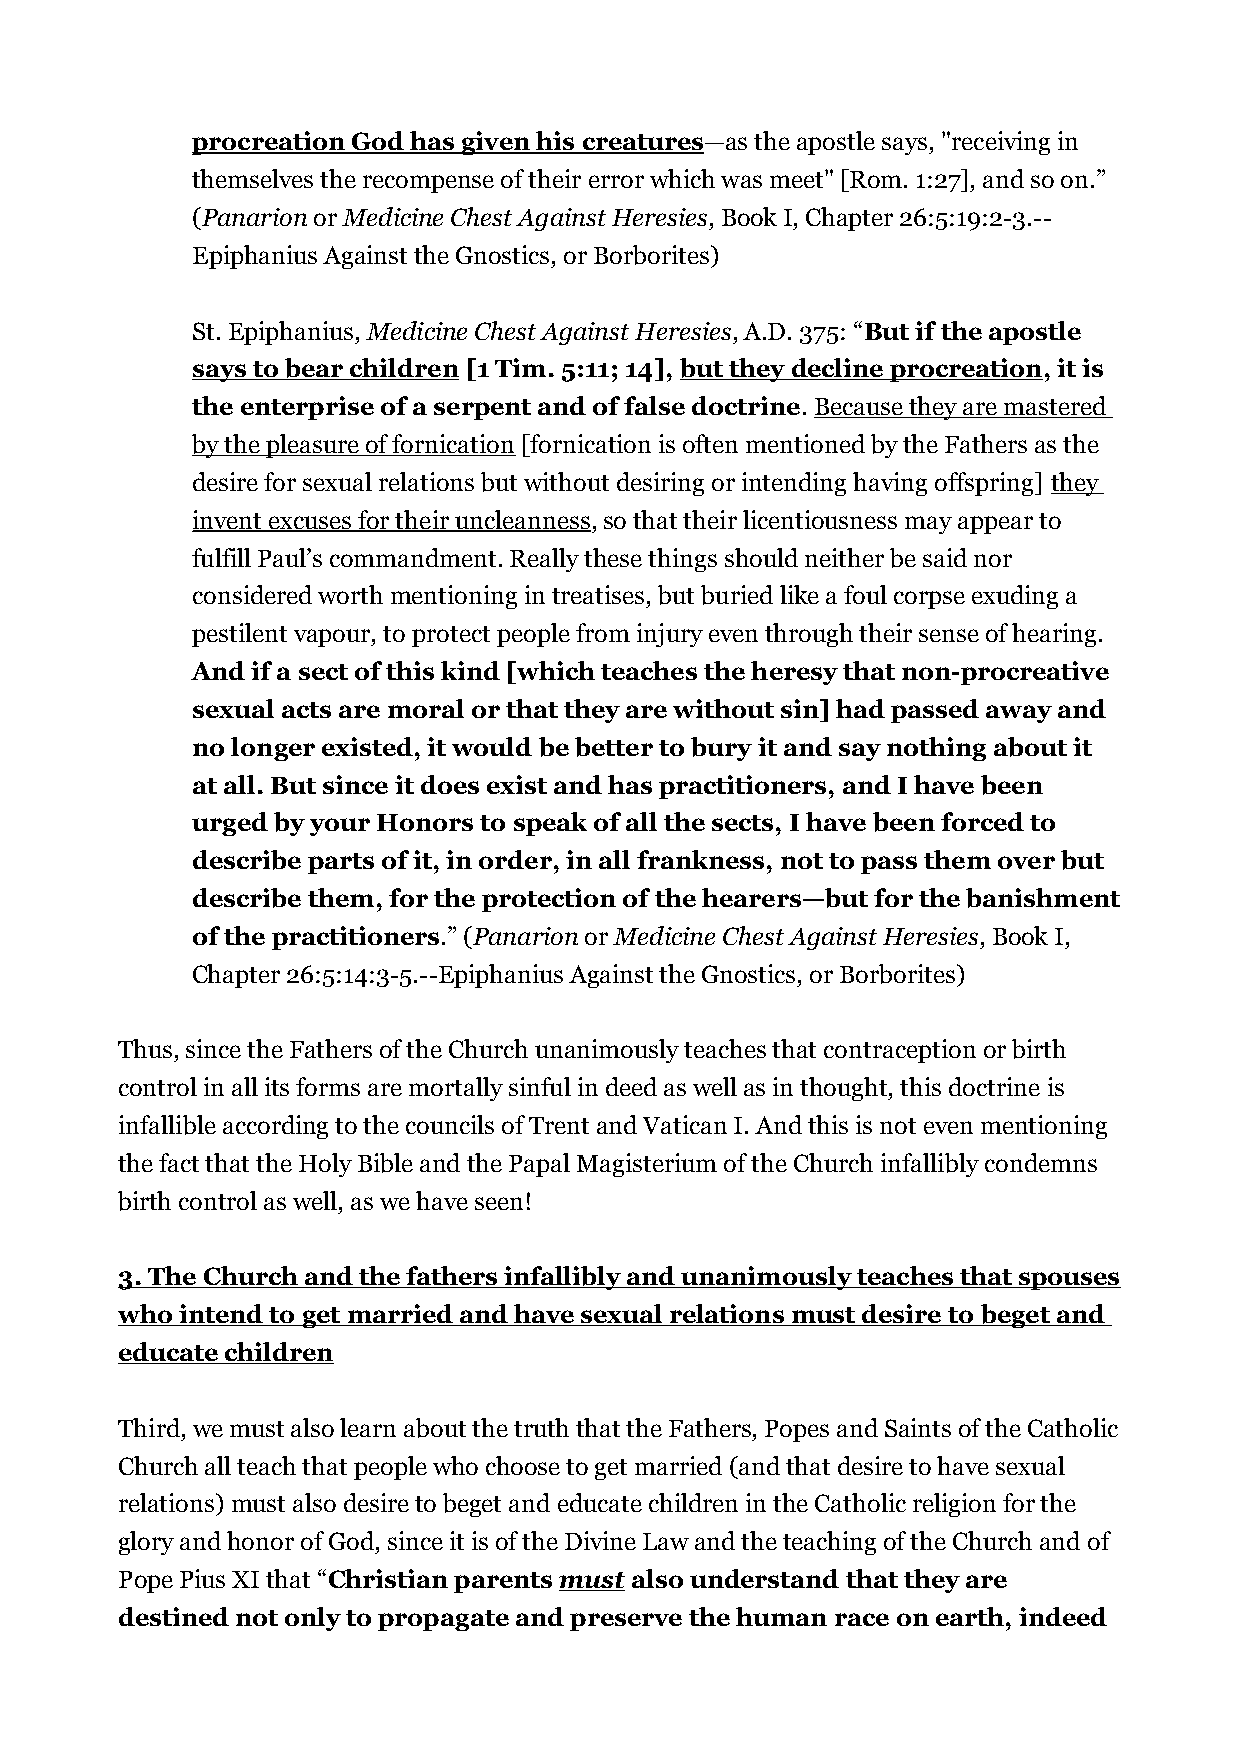
procreation God has given his creatures—as the apostle says, "receiving in
 themselves the recompense of their error which was meet" [Rom. 1:27], and so on.”
 (Panarion or Medicine Chest Against Heresies, Book I, Chapter 26:5:19:2-3.--
 Epiphanius Against the Gnostics, or Borborites)
 St. Epiphanius, Medicine Chest Against Heresies, A.D. 375: “But if the apostle
 says to bear children [1 Tim. 5:11; 14], but they decline procreation, it is
 the enterprise of a serpent and of false doctrine. Because they are mastered
 by the pleasure of fornication [fornication is often mentioned by the Fathers as the
 desire for sexual relations but without desiring or intending having offspring] they
 invent excuses for their uncleanness, so that their licentiousness may appear to
 fulfill Paul’s commandment. Really these things should neither be said nor
 considered worth mentioning in treatises, but buried like a foul corpse exuding a
 pestilent vapour, to protect people from injury even through their sense of hearing.
 And if a sect of this kind [which teaches the heresy that non-procreative
 sexual acts are moral or that they are without sin] had passed away and
 no longer existed, it would be better to bury it and say nothing about it
 at all. But since it does exist and has practitioners, and I have been
 urged by your Honors to speak of all the sects, I have been forced to
 describe parts of it, in order, in all frankness, not to pass them over but
 describe them, for the protection of the hearers—but for the banishment
 of the practitioners.” (Panarion or Medicine Chest Against Heresies, Book I,
 Chapter 26:5:14:3-5.--Epiphanius Against the Gnostics, or Borborites)
 Thus, since the Fathers of the Church unanimously teaches that contraception or birth
 control in all its forms are mortally sinful in deed as well as in thought, this doctrine is
 infallible according to the councils of Trent and Vatican I. And this is not even mentioning
 the fact that the Holy Bible and the Papal Magisterium of the Church infallibly condemns
 birth control as well, as we have seen!
 3. The Church and the fathers infallibly and unanimously teaches that spouses
 who intend to get married and have sexual relations must desire to beget and
 educate children
 Third, we must also learn about the truth that the Fathers, Popes and Saints of the Catholic
 Church all teach that people who choose to get married (and that desire to have sexual
 relations) must also desire to beget and educate children in the Catholic religion for the
 glory and honor of God, since it is of the Divine Law and the teaching of the Church and of
 Pope Pius XI that “Christian parents must also understand that they are
 destined not only to propagate and preserve the human race on earth, indeed